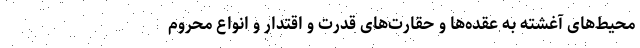
محیط‌های آغشته به عقده‌ها و حقارت‌های قدرت و اقتدار و انواع محروم